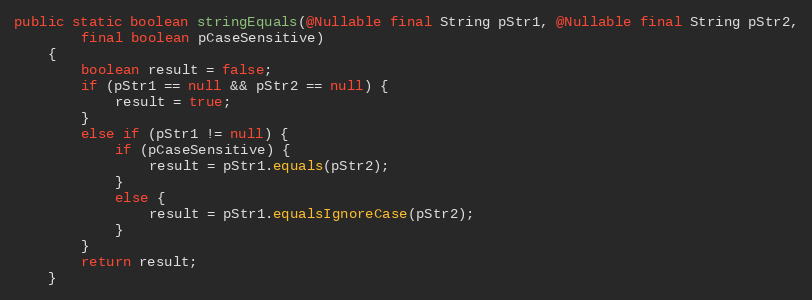
Language: Java
public static boolean stringEquals(@Nullable final String pStr1, @Nullable final String pStr2,
        final boolean pCaseSensitive)
    {
        boolean result = false;
        if (pStr1 == null && pStr2 == null) {
            result = true;
        }
        else if (pStr1 != null) {
            if (pCaseSensitive) {
                result = pStr1.equals(pStr2);
            }
            else {
                result = pStr1.equalsIgnoreCase(pStr2);
            }
        }
        return result;
    }